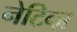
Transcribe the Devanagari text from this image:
नेटिव्ज़